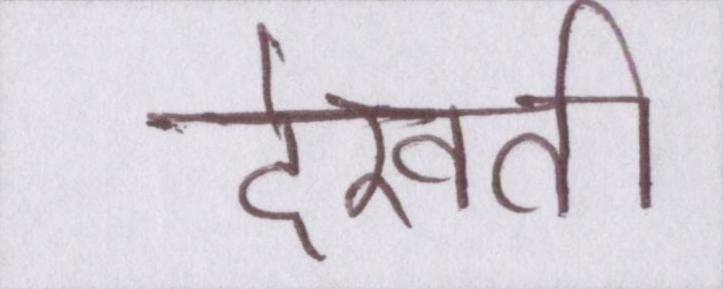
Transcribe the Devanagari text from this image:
देखती